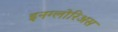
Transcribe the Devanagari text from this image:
इनग्लोरिअस